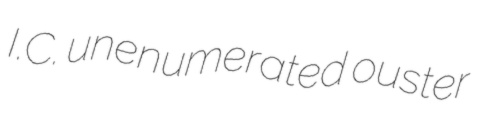
I.C. unenumerated ouster